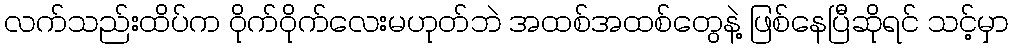
လက်သည်းထိပ်က ဝိုက်ဝိုက်လေးမဟုတ်ဘဲ အထစ်အထစ်တွေနဲ့ ဖြစ်နေပြီဆိုရင် သင့်မှာ